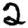
Digit: 2